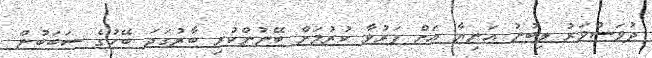
ދުވަސްވަރު ލިބުނު އަނިޔާ އަށް ފަރުވާ ކުރުމަށް ބޭނުންކުރި ބާރުގަދަ ބޭހުގެ ސަބަބުން